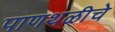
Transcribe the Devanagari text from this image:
पाणथळीचे